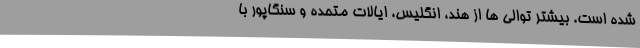
شده است. بیشتر توالی ها از هند، انگلیس، ایالات متحده و سنگاپور با